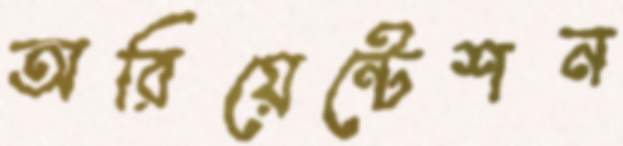
অরিয়েন্টেশন